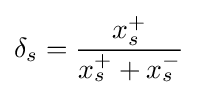
\delta _{s}={\frac {x_{s}^{+}}{x_{s}^{+}+x_{s}^{-}}}